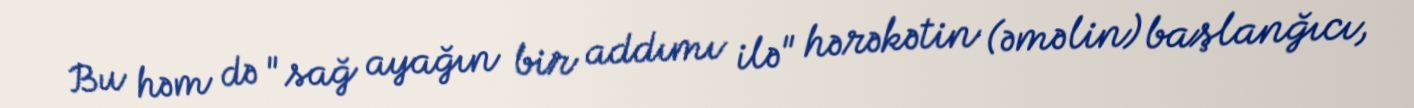
Bu həm də "sağ ayağın bir addımı ilə" hərəkətin (əməlin) başlanğıcı,